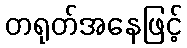
တရုတ်အနေဖြင့်